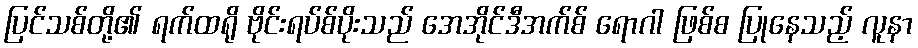
ပြင်သစ်တို့၏ ရက်ထရို ဗိုင်းရပ်စ်ပိုးသည် အေအိုင်ဒီအက်စ် ရောဂါ ဖြစ်စ ပြုနေသည့် လူနာ